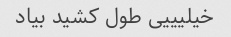
خیلیییی طول کشید بیاد